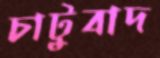
চাটুবাদ